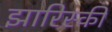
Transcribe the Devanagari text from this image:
झारिस्की